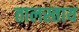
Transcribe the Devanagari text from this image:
तालस्ताय